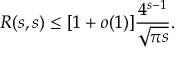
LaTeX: R ( s , s ) \leq [ 1 + o ( 1 ) ] { \frac { 4 ^ { s - 1 } } { \sqrt { \pi s } } } .